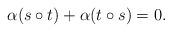
LaTeX: \begin{align*}\alpha(s\circ t)+\alpha(t\circ s)=0.\end{align*}